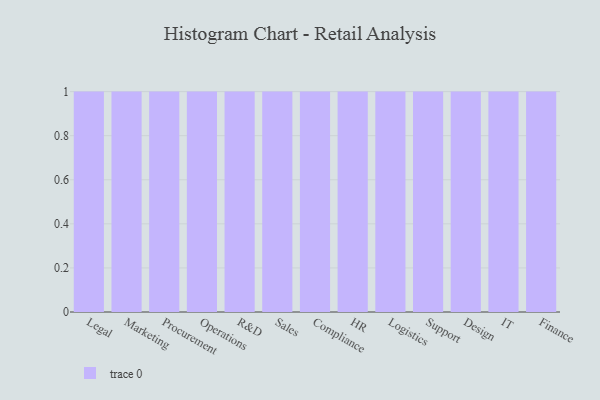
{"axis": {"x": "Department", "y": "Satisfaction Score"}, "legend": [""], "data": [{"x": "Legal", "y": 92, "type": ""}, {"x": "Marketing", "y": 50, "type": ""}, {"x": "Procurement", "y": 53, "type": ""}, {"x": "Operations", "y": 23, "type": ""}, {"x": "R&D", "y": 69, "type": ""}, {"x": "Sales", "y": 53, "type": ""}, {"x": "Compliance", "y": 97, "type": ""}, {"x": "HR", "y": 99, "type": ""}, {"x": "Logistics", "y": 65, "type": ""}, {"x": "Support", "y": 11, "type": ""}, {"x": "Design", "y": 17, "type": ""}, {"x": "IT", "y": 18, "type": ""}, {"x": "Finance", "y": 77, "type": ""}]}